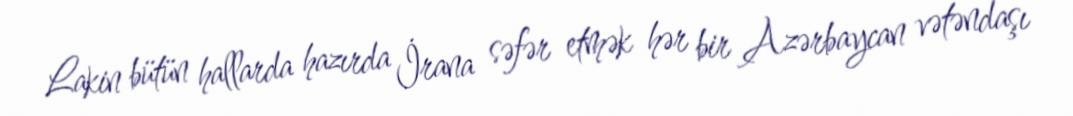
Lakin bütün hallarda hazırda İrana səfər etmək hər bir Azərbaycan vətəndaşı